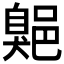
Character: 𦤡